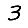
Digit: 3